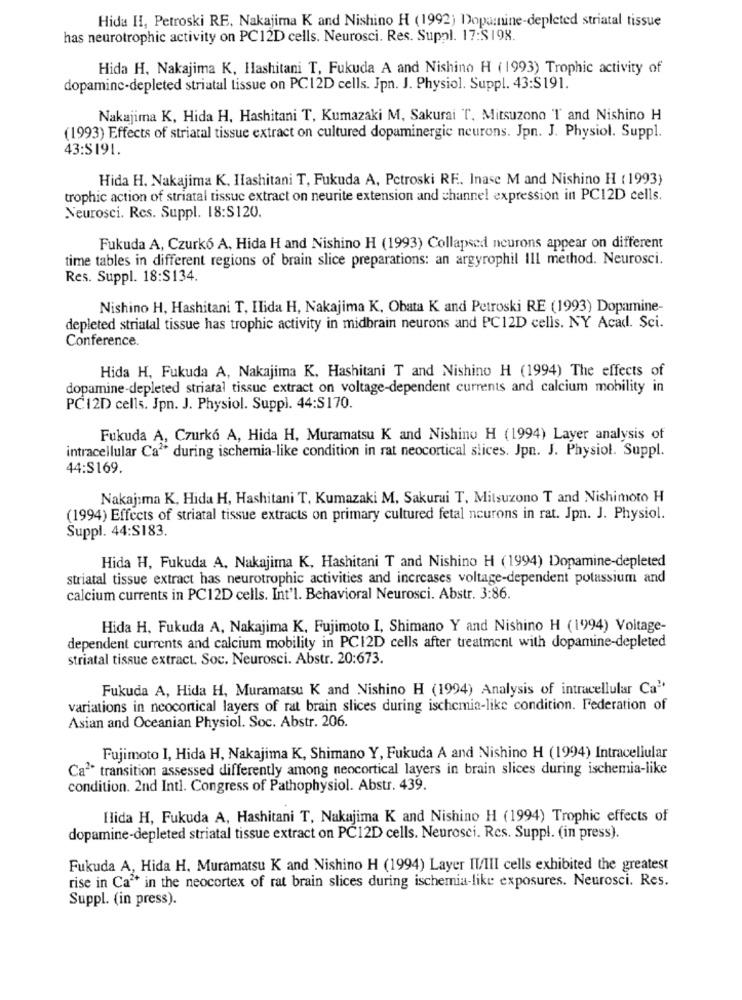
Hida H, Petroski RE, Nakajima K and Nishino H (1992) Dopamine-depleted striatal tissue
has neurotrophic activity on PC12D cells. Neurosci. Res. Supnl. 17:$198.
Hida H. Nakajima K, Hashitani T, Fukuda A and Nishino H (1993) Trophic activity of
dopamine-depleted striatal tissue on PC12D cells. Jpn. J. Physiol. Suppl. 43:S191.
Nakajima K, Hida H, Hashitani T, Kumazaki M, Sakurai ", Mitsuzono 'T and Nishino H
(1993) Effects of striatal tissue extract on cultured dopaminergie neurons. Jpn. J. Physiol. Suppl.
43:5191.
Hida H. Nakajima K, Hashitani T, Fukuda A, Petroski RF. Inasc M and Nishino H (1993)
trophic action of striatal tissue extract on neurite extension and channel expression in PC12D cells.
Neurosci. Rcs. Suppl. 18:S120.
Fukuda A, Czurk6 A, Hida H and Nishino H (1993) Collapsed neurons appear on different
time tables in different regions of brain slice preparations: an argyrophil Ill method. Neurosci.
Res. Suppl. 18:$134.
Nishino H, Hashitani T, Ilida H, Nakajima K, Obata K and Petroski RE (1993) Dopamine-
depleted striatal tissue has trophic activity in midbrain neurons and PC12D cells. NY Acad. Sci.
Conference.
Hida H, Fukuda A, Nakajima K, Hashitani T and Nishino H (1994) The effects of
dopamine-depleted striatal tissue extract on voltage-dependent currents and calcium mobility in
PC12D cells. Jpn. J. Physiol. Suppl. 44:S170.
Fukuda A, Czurkó A, Hida H, Muramatsu K and Nishino H (1994) Layer analysis of
intracellular Ca" during ischemia-like condition in rat neocortical slices. Jpn. J. Physiol. Suppl.
44:S169.
Nakajima K, Hida H, Hashitani T, Kumazaki M, Sakurai T, Mitsuzono T and Nishimoto H
(1994) Effects of striatal tissue extracts on primary cultured fetal neurons in rat. Jpn. J. Physiol.
Suppl. 44:S183.
Hida H, Fukuda A, Nakajima K, Hashitani T and Nishino H (1994) Dopamine-depleted
striatal tissue extract has neurotrophic activities and increases voltage-dependent potassium and
calcium currents in PC12D cells. Int'l. Behavioral Neurosci. Abstr. 3:86.
Hida H, Fukuda A, Nakajima K, Fujimoto I, Shimano Y and Nishino H (1994) Voltage-
dependent currents and calcium mobility in PC12D cells after treatment with dopamine-depleted
striatal tissue extract. Soc. Neurosci. Abstr. 20:673.
Fukuda A, Hida H, Muramatsu K and Nishino H (1994) Analysis of intracellular Ca"
variations in neocortical layers of rat brain slices during ischemia-like condition. Federation of
Asian and Oceanian Physiol. Soc. Abstr. 206.
Fujimoto I, Hida H, Nakajima K, Shimano Y, Fukuda A and Nishino H (1994) Intracellular
Ca2* transition assessed differently among neocortical layers in brain slices during ischemia-like
condition. 2nd Intl. Congress of Pathophysiology.
Hida H, Fukuda A, Hashitani T, Nakajima K and Nishino H (1994) Trophic effects of
dopamine-depleted striatal tissue extract on PC12D cells. Neurosci. Res. Suppl. (in press).
Fukuda A, Hida H. Muramatsu K and Nishino H (1994) Layer II/III cells exhibited the greatest
rise in Ca" in the neocortex of rat brain slices during ischemia-like exposures. Neurosci. Res.
Suppl. (in press).